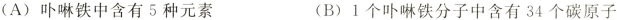
(A)卟啉铁中含有5种元素 (B)1个卟啉铁分子中含有34个碳原子